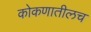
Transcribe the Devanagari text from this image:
कोकणातीलच